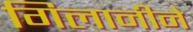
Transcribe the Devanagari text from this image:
गिलानीने